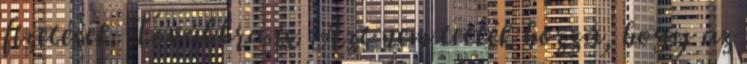
fizetések. Továbbra is. Azt nem tették hozzá, hogy az